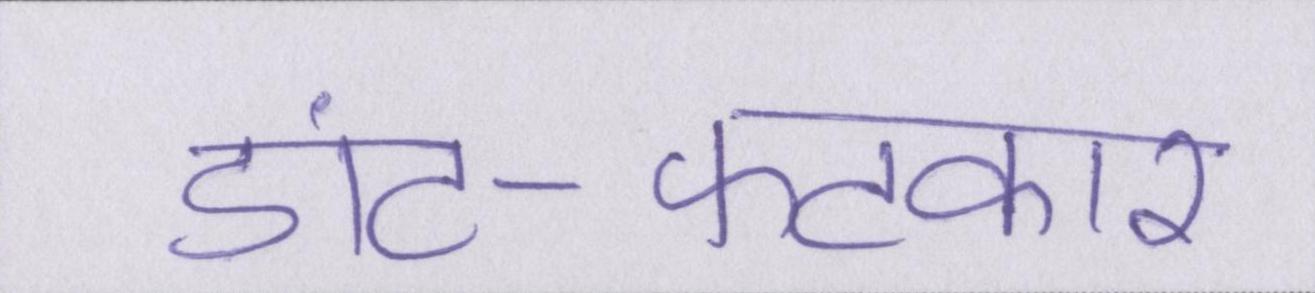
डांट-फटकार